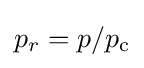
p_{r}=p/p_{\text{c}}